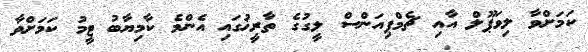
ކަމަށްވާ ލިވަޕޫލް އާއި ޗެމްޕިއަންސް ލީގުގެ ތާރީޚުގައި އެންމެ ކާމިޔާބު ޓީމު ކަމަށްވާ